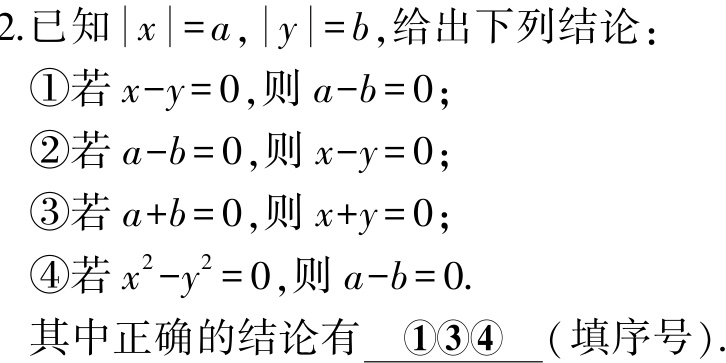
2.已知\(\vert x\vert =a,\vert y\vert =b\),给出下列结论：

\textcircled{1}若\(x - y = 0\),则\(a - b = 0\)；

\textcircled{2}若\(a - b = 0\),则\(x - y = 0\)；

\textcircled{3}若\(a + b = 0\),则\(x + y = 0\)；

\textcircled{4}若\(x^{2}-y^{2}=0\),则\(a - b = 0\).

其中正确的结论有 \(\underline{\textcircled{1}\textcircled{3}\textcircled{4}}\)(填序号).